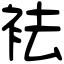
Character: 袪